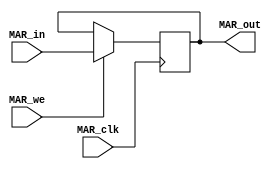
`timescale 1ns / 1ps
//////////////////////////////////////////////////////////////////////////////////
// Company: 
// Engineer: 
// 
// Design Name: 
// Module Name:    MAR 
// Project Name: 
// Target Devices: 
// Tool versions: 
// Description: 
//
// Dependencies: 
//
// Revision: 
// Revision 0.01 - File Created
// Additional Comments: 
//
//////////////////////////////////////////////////////////////////////////////////
module MAR(MAR_in,MAR_out,MAR_we,MAR_clk 
    );
	 input[15:0] MAR_in;
	 output[15:0] MAR_out;
	 input MAR_we;
	 input MAR_clk;
	 
	 reg[15:0] MAR_out;
	 wire[15:0] MAR_next;
	 always @(posedge MAR_clk)
	 begin
		
				MAR_out <= MAR_next;
	 end
	 
		assign MAR_next = MAR_we ? MAR_in : MAR_out; 


endmodule